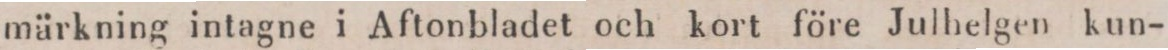
märkning intagne i Aftonbladet och kort före Julhelgen kun-